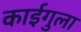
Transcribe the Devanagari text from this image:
काईगुला